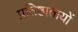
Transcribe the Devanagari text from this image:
प्रतिष्ठातायों